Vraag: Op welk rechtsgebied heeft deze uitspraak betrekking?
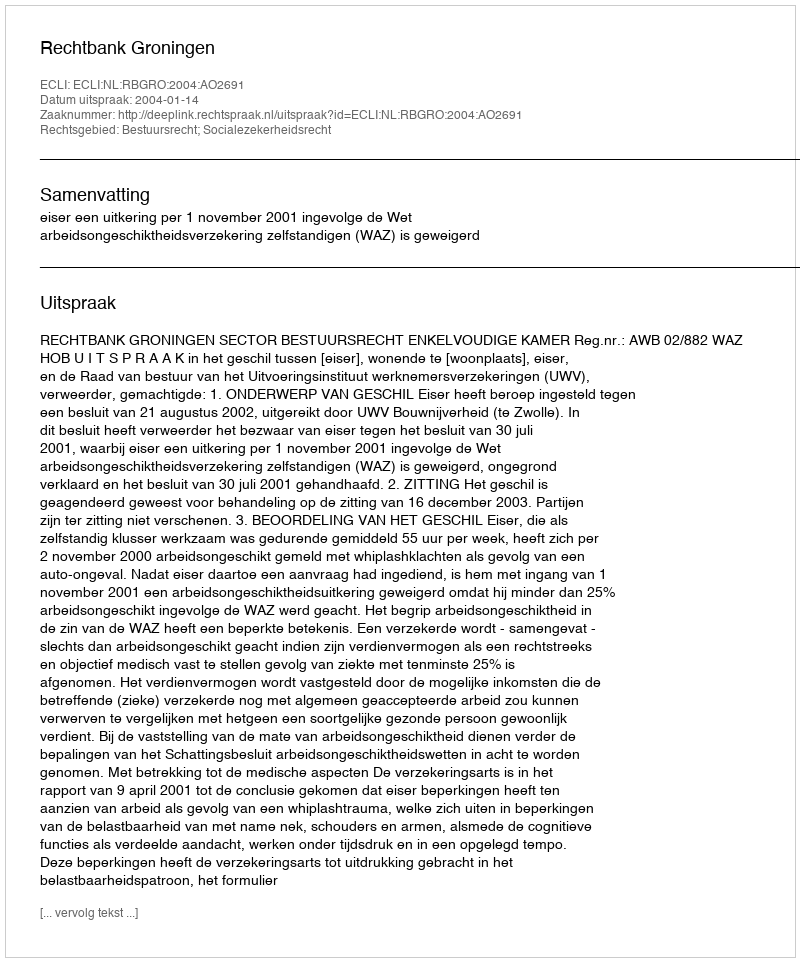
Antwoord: Bestuursrecht; Socialezekerheidsrecht